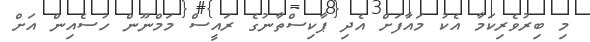
މި ބިރުވެރިކަމާ އެކު މައާފަށް އެދި ޕާކިސްތާނުގެ ރައީސް މަމްނޫން ހުސެއިން އަށް